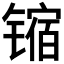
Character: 𫔊